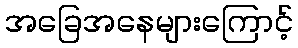
အခြေအနေများကြောင့်